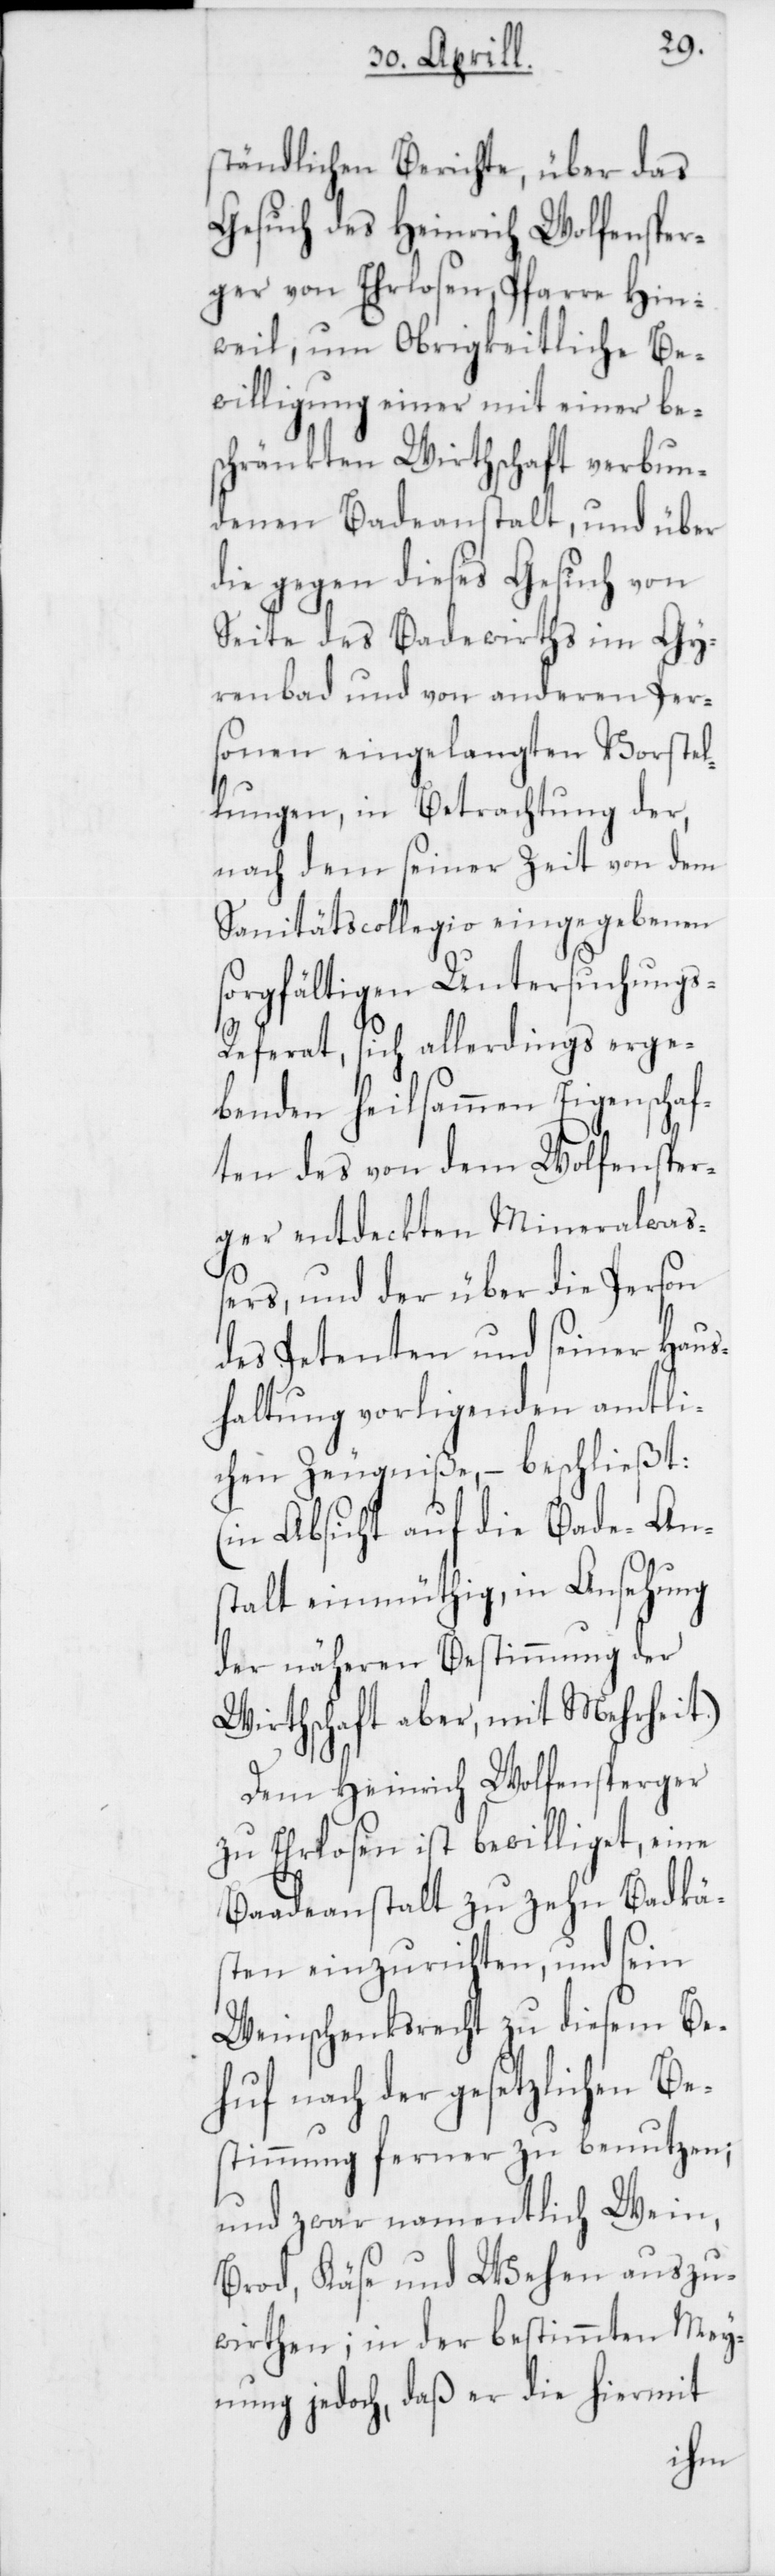
ständlichen Berichte,
das
Gesuch des Heinrich Wolf¬
s-R¬
ger von Ehrlosen, Pfarre Hin¬
weil, um Obrigkeitliche Be¬
willigung einer mit einer be¬
schränkten Wirtschaft verbun¬
denen Badeanstalt, und über
die gegen dieses Gesuch von
Seite des Badewirths im Gy¬
renbad und von anderen Per¬
sonen eingelangten Vorstel¬
lungen, in Betrachtung der,
nach dem seiner Zeit von dem
Sanitätscollegio eingegebenen
sorgfältigen Untersuchung¬
eferat, sich allerdings erge¬
benden heilsammen Eigenschaf¬
ten des von dem Wolfensper¬
ger entdeckten Mineralwa¬
ßers, und der über die Person
des Petenten und seiner Haus¬
haltung vorligenden amtli¬
chen Zeugniße, – beschließt:
(in Absicht auf die Bade-Ans¬
talt einmüthig, in Ansehung
der näheren Bestimmung der
Wirthschaft aber, mit Mehrheit.)
Dem Heinrich Wolfensperger
zu Ehrlosen ist bewilliget, eine
Baadeanstalt zu zehn Badkä¬
sten einzurichten, und sein
Weinschenksrecht zu diesem Be¬
huf nach der gesetzlichen Be¬
stimmung ferner zu benutzen;
und zwar namentlich Wein,
Brod, Käse und Wehen auszu¬
wirthen; in der bestimmten Mey¬
nung jedoch, daß er die hiermit